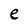
Character: e